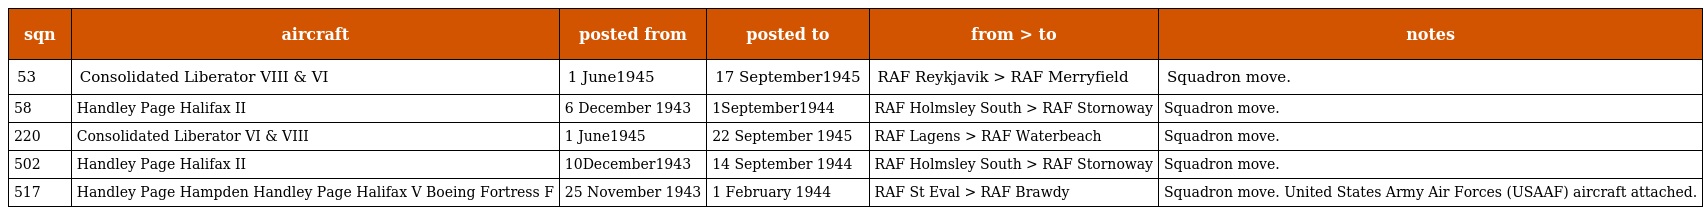
| sqn | aircraft | posted from | posted to | from > to | notes |
 | --- | --- | --- | --- | --- | --- |
 | 53 | Consolidated Liberator VIII & VI | 1 June1945 | 17 September1945 | RAF Reykjavik > RAF Merryfield | Squadron move. |
 | 58 | Handley Page Halifax II | 6 December 1943 | 1September1944 | RAF Holmsley South > RAF Stornoway | Squadron move. |
 | 220 | Consolidated Liberator VI & VIII | 1 June1945 | 22 September 1945 | RAF Lagens > RAF Waterbeach | Squadron move. |
 | 502 | Handley Page Halifax II | 10December1943 | 14 September 1944 | RAF Holmsley South > RAF Stornoway | Squadron move. |
 | 517 | Handley Page Hampden Handley Page Halifax V Boeing Fortress F | 25 November 1943 | 1 February 1944 | RAF St Eval > RAF Brawdy | Squadron move. United States Army Air Forces (USAAF) aircraft attached. |